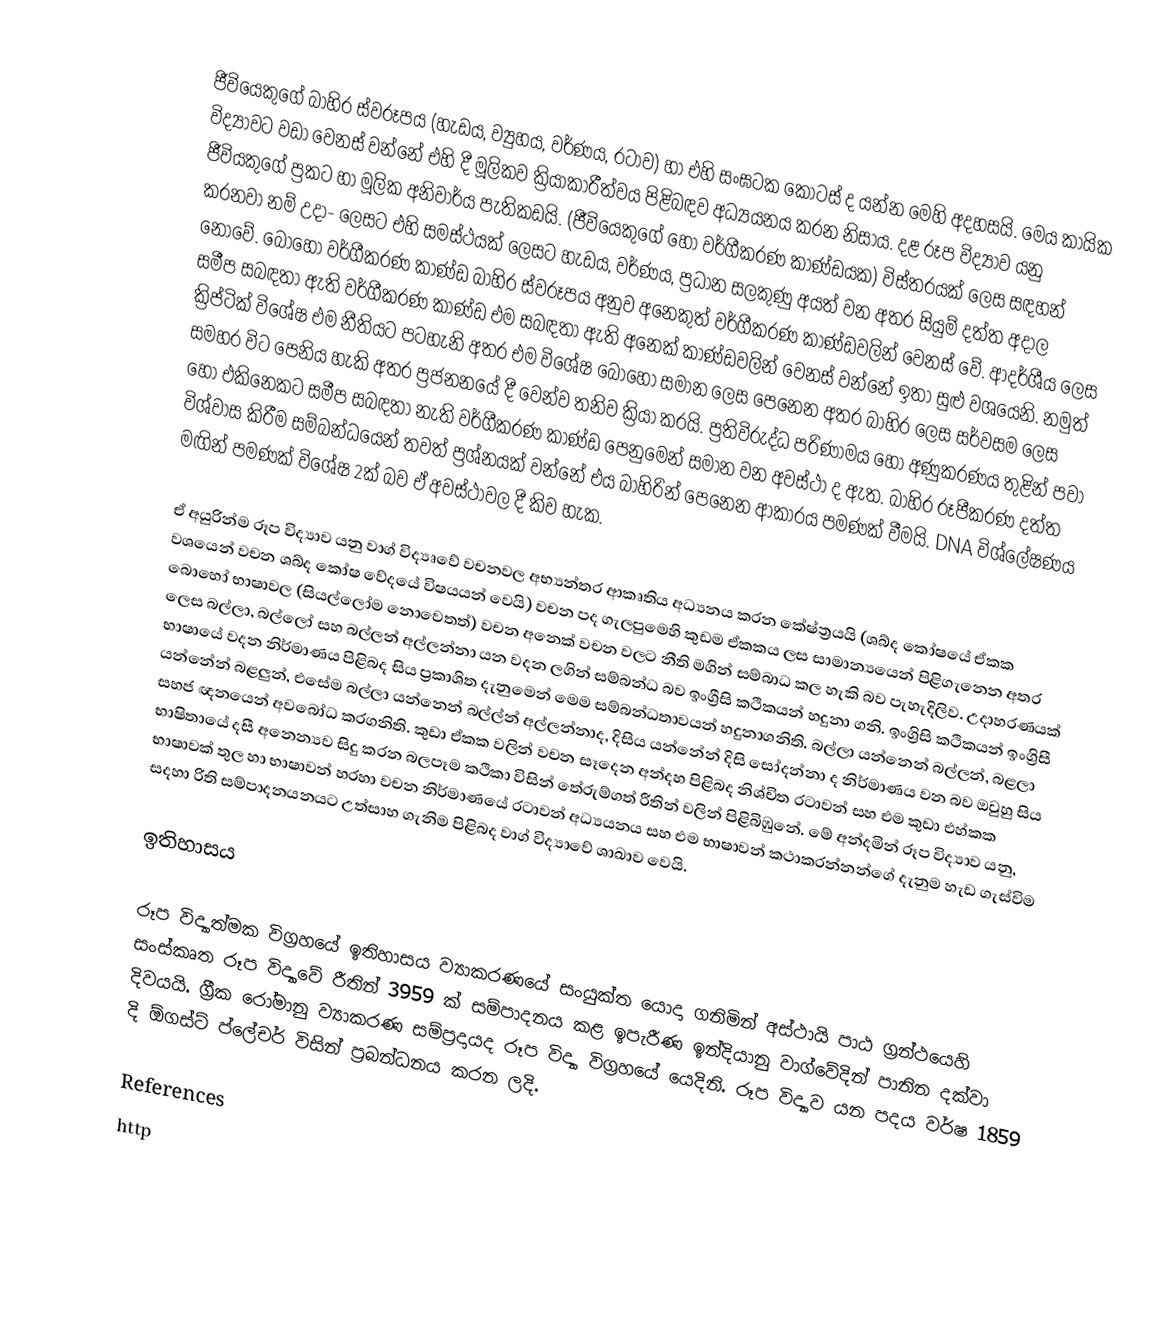
ජීවියෙකුගේ බාහිර ස්වරූපය (හැඩය, ව්‍යුහය, වර්ණය, රටාව) හා එහි සංඝටක කොටස් ද යන්න මෙහි අදහසයි. මෙය කායික විද්‍යාවට වඩා වෙනස් වන්නේ එහි දී මූලිකව ක්‍රියාකාරීත්වය පිළිබඳව අධ්‍යයනය කරන නිසාය. දළ රූප විද්‍යාව යනු ජීවියකුගේ ප්‍රකට හා මූලික අනිවාර්ය පැතිකඩයි. (ජීවියෙකුගේ හෝ වර්ගීකරණ කාණ්ඩයක) විස්තරයක් ලෙස සඳහන් කරනවා නම් උදා- ලෙසට එහි සමස්ථයක් ලෙසට හැඩය, වර්ණය, ප්‍රධාන සලකුණු අයත් වන අතර සියුම් දත්ත අදාල නොවේ. බොහෝ වර්ගීකරණ කාණ්ඩ බාහිර ස්වරූපය අනුව අනෙකුත් වර්ගීකරණ කාණ්ඩවලින් වෙනස් වේ. ආදර්ශීය ලෙස සමීප සබඳතා ඇති වර්ගීකරණ කාණ්ඩ එම සබඳතා ඇති අනෙක් කාණ්ඩවලින් වෙනස් වන්නේ ඉතා සුළු වශයෙනි. නමුත් ක්‍රිප්ටික් විශේෂ එම නීතියට පටහැනි අතර එම විශේෂ බොහෝ සමාන ලෙස පෙනෙන අතර බාහිර ලෙස සර්වසම ලෙස සමහර විට පෙනිය හැකි අතර ප්‍රජනනයේ දී වෙන්ව තනිව ක්‍රියා කරයි. ප්‍රතිවිරුද්ධ පරිණාමය හෝ අණුකරණය තුළින් පවා හෝ එකිනෙකට සමීප සබඳතා නැති වර්ගීකරණ කාණ්ඩ පෙනුමෙන් සමාන වන අවස්ථා ද ඇත. බාහිර රූපීකරණ දත්ත විශ්වාස කිරීම සම්බන්ධයෙන් තවත් ප්‍රශ්නයක් වන්නේ එය බාහිරින් පෙනෙන ආකාරය පමණක් වීමයි. DNA විශ්ලේෂණය මඟින් පමණක් විශේෂ 2ක් බව ඒ අවස්ථාවල දී කිව හැක.

ඒ අයුරින්ම රූප විද්‍යාව යනු වාග් විද්‍යෘවේ වචනවල අභ්‍යන්තර ආකෘතිය අධ්‍යනය කරන කේෂ්ත්‍රයයි (ශබ්ද කෝෂයේ ඒකක වශයෙන් වචන ශබ්ද කෝෂ වේදයේ විෂයයන් වෙයි) වචන පද ගැලපුමෙහි කුඩම ඒකකය ලස සාමාන්‍යයෙන් පිළිගැනෙන අතර බොහෝ භාෂාවල (සියල්ලෝම නොවෙතත්) වචන අනෙක් වචන වලට නීති මගින් සම්බාධ කල හැකි බව පැහැදිලිව. උදාහරණයක් ලෙස බල්ලා, බල්ලෝ සහ බල්ලන් අල්ලන්නා යන වදන ලගින් සම්බන්ධ බව ඉංග්‍රීසි කථිකයන් හදුනා ගනි. ඉංග්‍රිසි කථිකයන් ඉංග්‍රිසී භාෂායේ වදන නිර්මාණය පිළිබද සිය ප්‍රකාශිත දැනුමෙන් මෙම සම්බන්ධතාවයන් හදුනාගනිති. බල්ලා යන්නෙන් බල්ලන්, බළලා යන්නේන් බළලුන්, එසේම බල්ලා යන්නෙන් බල්ල්න් අල්ලන්නාද, දිසිය යන්නේන් දිසි සෝදන්නා ද නිර්මාණය වන බව ඔවුහු සිය සහජ ඥනයෙන් අවබෝධ කරගනිති. කුඩා ඒකක වලින් වචන සෑදෙන අන්දහ පිළිබද නිශ්චිත රටාවන් සහ එම කුඩා එහ්කක භාෂිතායේ දසී අනෙන්‍යව සිදු කරන බලපෑම කථිකා විසින් තේරුම්ගත් රීතින් වලින් පිළිබිඹුනේ. මේ අන්දමින් රූප විද්‍යාව යනු, භාෂාවක් තුල හා භාෂාවන් හරහා වචන නිර්මාණයේ රටාවන් අධ්‍යයනය සහ එම භාෂාවන් කථාකරන්නන්ගේ දැනුම හැඩ ගැස්විම සදහා රිති සම්පාදනයනයට උත්සාහ ගැනිම පිළිබද වාග් විද්‍යාවේ ශාඛාව වෙයි.

ඉතිහාසය

රූප විද්‍යාත්මක විග්‍රහයේ ඉතිහාසය ව්‍යාකරණයේ සංයුක්ත යොදා ගනිමින් අස්ථායි පාඨ ග්‍රන්ථයෙහි සංස්කෘත රූප විද්‍යාවේ රීතින් 3959 ක් සම්පාදනය කළ ඉපැරීණ ඉන්දියානු වාග්වේදින් පානින දක්වා දිවයයි. ග්‍රීක රෝමානු ව්‍යාකරණ සම්ප්‍රදායද රූප විද්‍යා විග්‍රහයේ යෙදිනි. රූප විද්‍යාව යන පදය වර්ෂ 1859 දි ඕගස්ට් ප්ලේචර් විසින් ප්‍රබන්ධනය කරන ලදි.

References
http